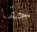
حقا